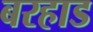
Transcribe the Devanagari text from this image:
बरहाड